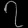
Digit: ၇